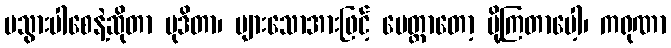
မသွားပါစေနဲ့ဆိုတာ မုဒိတာ၊ များသောအားဖြင့် မေတ္တာတော့ ပို့ကြတာပေါ့၊ ကရုဏာ